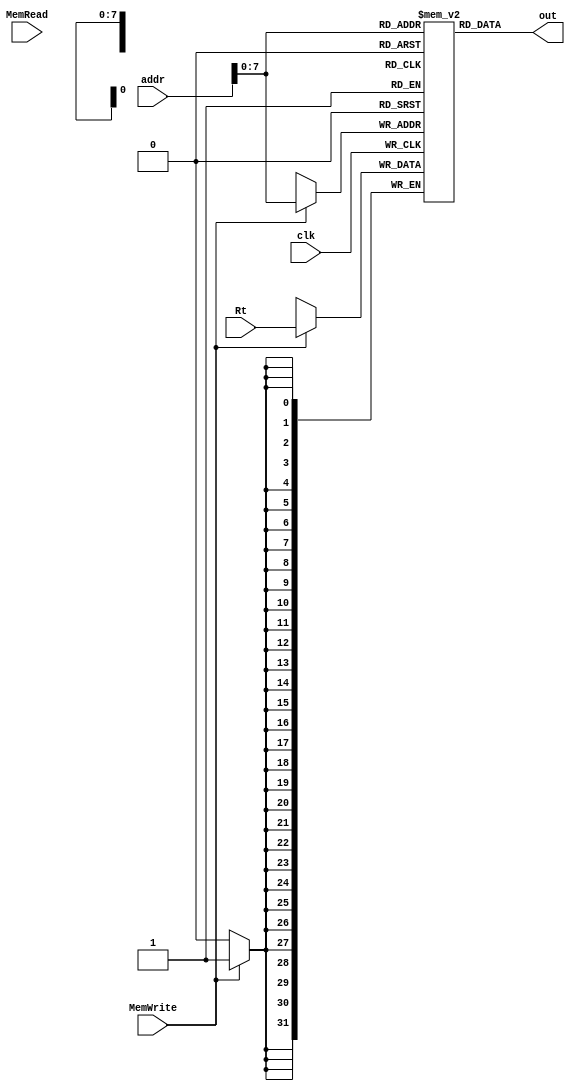
module DataMemory(MemWrite,MemRead,Rt,addr,clk,out);

input [31:0] addr;  //Rather than taking Rs and num as inputs, just take their sum (here 'addr') from caller space and send to DataMemory
input [31:0] Rt;	//Rt is the value of the register itself; not the address of the register in the register file
input clk, MemWrite, MemRead;
output [31:0] out;
//reg [31:0] out;


reg [31:0] memdata [255:0];

initial begin

        //256 data to be added here, each being a 32-bit '0';for simplicity, added just 20 data

	memdata[0] = 32'b00000000000000000000000000000111;
        memdata[1] = 32'b00000000000000000000000000000100;
        memdata[2] = 32'b00000000000000000000000000000000;
        memdata[3] = 32'b00000000000000000000000000000000;
        memdata[4] = 32'b00000000000000000000000000000000;
        memdata[5] = 32'b00000000000000000000000000000000;
        memdata[6] = 32'b00000000000000000000000000000000;
        memdata[7] = 32'b00000000000000000000000000000000;
        memdata[8] = 32'b00000000000000000000000000000000;
        memdata[9] = 32'b00000000000000000000000000000000;
        memdata[10] = 32'b00000000000000000000000000000000;
        memdata[11] = 32'b00000000000000000000000000000000;
        memdata[12] = 32'b00000000000000000000000000000000;
        memdata[13] = 32'b00000000000000000000000000000000;
        memdata[14] = 32'b00000000000000000000000000000000;
        memdata[15] = 32'b00000000000000000000000000000000;
        memdata[16] = 32'b00000000000000000000000000000000;
        memdata[17] = 32'b00000000000000000000000000000000;
        memdata[18] = 32'b00000000000000000000000000000000;
        memdata[19] = 32'b00000000000000000000000000000000;

        end

	assign out = memdata[addr];


always @(negedge clk)
begin
	//if(opcode==6'b100011)
	//begin
	//out = memdata[addr];	//In caller space, 'out' needs to be stored in the register file at the address of Rt given by the instruction
	//end
	
   if(MemWrite==1)
	begin
	memdata[addr] = Rt;
	end

end

endmodule